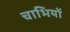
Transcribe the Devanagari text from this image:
चाभियों